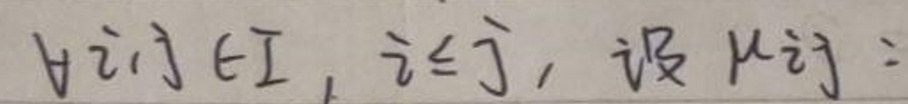
\(\forall i \in I, i \neq j, \text{设} \mu_{ij} :=\)